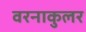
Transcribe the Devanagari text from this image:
वरनाकुलर